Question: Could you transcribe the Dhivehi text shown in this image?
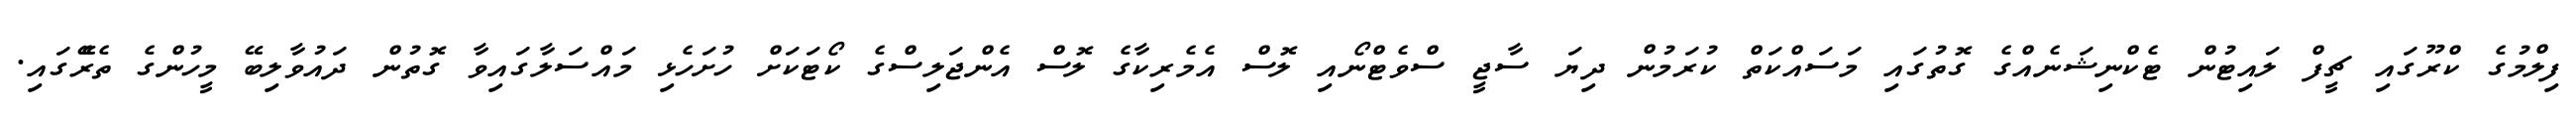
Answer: ފިލްމުގެ ކްރޫގައި ޗީފް ލައިޓުން ޓެކްނިޝަނެއްގެ ގޮތުގައި މަސައްކަތް ކުރަމުން ދިޔަ ސާޖީ ސްވެޓްނޯއި ލޮސް އެމެރިކާގެ ލޮސް އެންޖަލިސްގެ ކޯޓަކަށް ހުށަހެޅި މައްސަލާގައިވާ ގޮތުން ދައުވާލިބޭ މީހުންގެ ތެރޭެގައި.